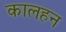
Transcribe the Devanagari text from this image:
कालहन